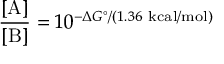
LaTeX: { \frac { [ \mathrm { A } ] } { [ \mathrm { B } ] } } = 1 0 ^ { - \Delta G ^ { \circ } / ( 1 . 3 6 \ \mathrm { k c a l / m o l } ) }